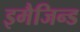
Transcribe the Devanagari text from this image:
इमैजिन्ड